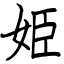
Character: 姫